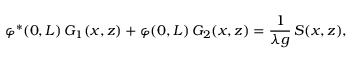
\varphi ^ { \ast } ( 0 , L ) \, G _ { 1 } ( x , z ) + \varphi ( 0 , L ) \, G _ { 2 } ( x , z ) = \frac { 1 } { \lambda g } \, S ( x , z ) ,